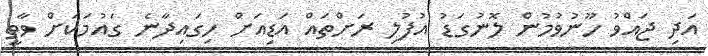
އަދި ޖައްވު ހޫނުވުމުން ލޮނުގަޑު އުފުލި ރަށްތައް އަޑިއަށް ހިގައިދާނެ ގައުމަކަށް ވާތީ